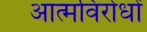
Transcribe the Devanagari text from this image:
आत्मविरोधों